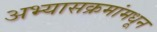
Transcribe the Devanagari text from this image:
अभ्यासक्रमांमधून